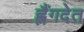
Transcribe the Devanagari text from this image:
ह्लैंगदेत